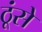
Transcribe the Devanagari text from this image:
ठूंसे